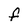
Character: F